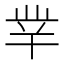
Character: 丵